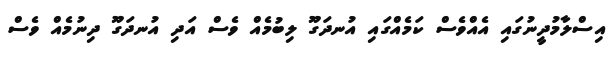
އިސްލާމުދީނުގައި އެއްވެސް ކަމެއްގައި އުނދަގޫ ލިބުމެއް ވެސް އަދި އުނދަގޫ ދިނުމެއް ވެސް